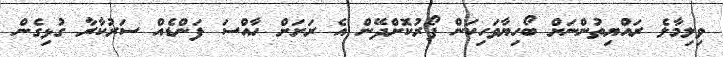
ވިލިމާލެ ރައްޔިތުންނަށް ބޯހިޔާވަހިކަން ފޯރުކޮށްދޭން އެ ރަށަށް ހާއްސަ ފަންޑެއް ސަރުކާރާ ގުޅިގެން